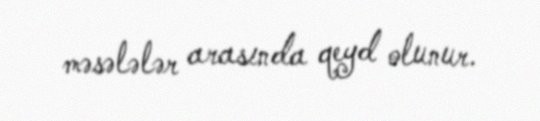
məsələlər arasında qeyd olunur.